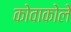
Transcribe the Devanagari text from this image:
कोवाकोले